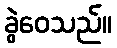
ခွဲဝေသည်။